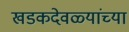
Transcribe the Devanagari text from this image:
खडकदेवळ्यांच्या